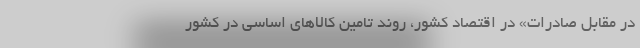
در مقابل صادرات» در اقتصاد کشور، روند تامین کالاهای اساسی در کشور